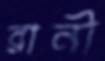
রানী